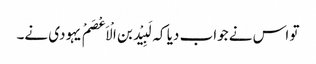
تو اس نے جواب دیا کہ لَبِیْد بن الْاَعْصَمْ یہودی نے۔